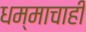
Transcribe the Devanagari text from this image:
धम्माचाही